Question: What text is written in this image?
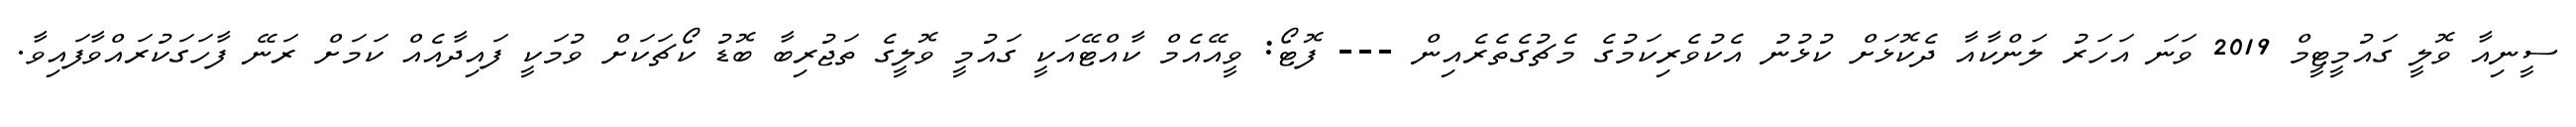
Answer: ސީނިއާ ވޮލީ ގައުމީޓީމް 2019 ވަނަ އަހަރު ލަންކާއާ ދެކޮޅަށް ކުޅުނު އެކުވެރިކަމުގެ މެޗުގެތެރެއިން --- ފޮޓޯ: ވީއޭއެމް ކާއްޓޭއަކީ ގައުމީ ވޮލީގެ ތަޖުރިބާ ބޮޑު ކޯޗަކަށް ވުމަކީ ފައިދާއެއް ކަމަށް ރަނޭ ފާހަގަކުރައްވާފައިވާ.